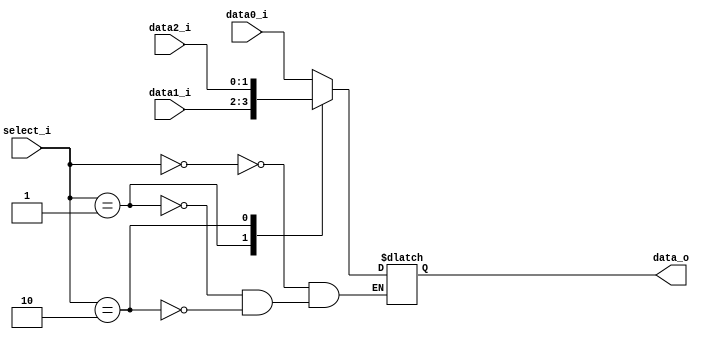
//Subject:     CO project 3 - MUX 221
//--------------------------------------------------------------------------------
//Version:     1
//--------------------------------------------------------------------------------
//Writer:      0816192
//----------------------------------------------
//----------------------------------------------
//Description: 
//--------------------------------------------------------------------------------
     
module MUX_3to1(
               data0_i,
               data1_i,
			   data2_i,
               select_i,
               data_o
               );

parameter size = 0;			   
			
//I/O ports               
input   [size-1:0] data0_i;          
input   [size-1:0] data1_i;
input   [size-1:0] data2_i;
input   [   2-1:0] select_i;
output  [size-1:0] data_o; 

//Internal Signals
reg     [size-1:0] data_o;

//Main function
always @(*)begin
    case(select_i)
		0:data_o = data0_i;
		1:data_o = data1_i;
		2:data_o = data2_i;
	endcase
end

endmodule